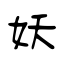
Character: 妖